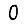
Digit: 0